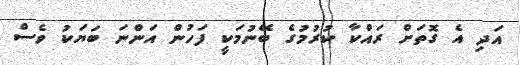
އަދި އެ ގޮތަށް ރައްކާ ކުރުމުގެ ބޭނުމަކީ ފަހުން އަންނަ ބަޔަކު ވެސް